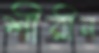
শীরীন